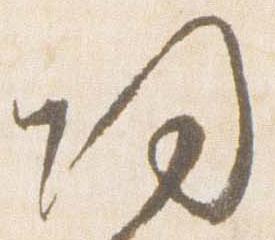
帰